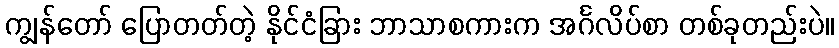
ကျွန်တော် ပြောတတ်တဲ့ နိုင်ငံခြား ဘာသာစကားက အင်္ဂလိပ်စာ တစ်ခုတည်းပဲ။